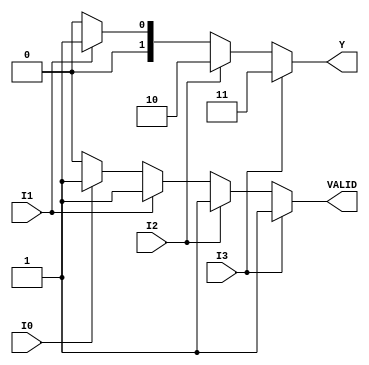
module Encoder4to2 (
    input wire I0,
    input wire I1,
    input wire I2,
    input wire I3,
    output reg [1:0] Y, // 2-bit output
    output reg VALID    // Output valid signal
);

always @(*) begin
    // Default outputs
    Y = 2'b00; // Default output
    VALID = 1'b0; // Default valid signal

    // Encode based on priority
    if (I3) begin
        Y = 2'b11; // Highest priority
        VALID = 1'b1;
    end else if (I2) begin
        Y = 2'b10; // Second priority
        VALID = 1'b1;
    end else if (I1) begin
        Y = 2'b01; // Third priority
        VALID = 1'b1;
    end else if (I0) begin
        Y = 2'b00; // Lowest priority
        VALID = 1'b1;
    end
end

endmodule